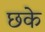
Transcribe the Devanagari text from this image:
छके